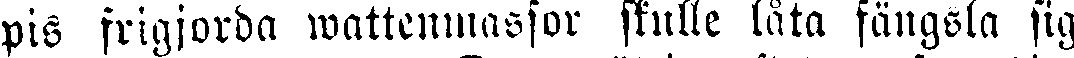
pis frigjorda wattenmassor skulle låta fängsla sig